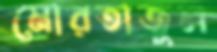
মোরতাজুল